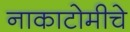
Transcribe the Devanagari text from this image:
नाकाटोमीचे